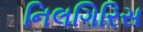
નિલગિરિસ